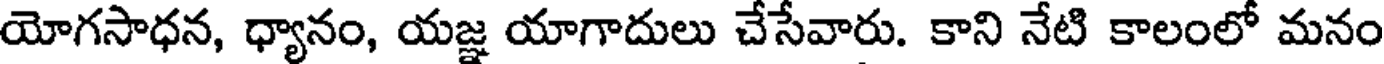
యోగసాధన, ధ్యానం, యజ్ఞ యాగాదులు చేసేవారు. కాని నేటి కాలంలో మనం